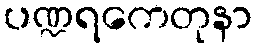
ပဏ္ဍရကေတုနာ